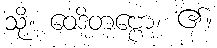
သို့။ ဝေဒိတဗ္ဗော၊ ၏။